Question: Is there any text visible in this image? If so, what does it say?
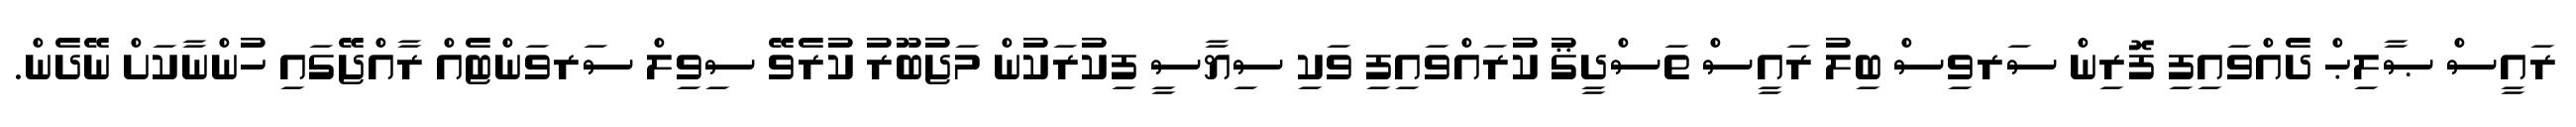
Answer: ރައީސް ޞާލިޙް ދެއްވައިފި ފޮރިން ސަރވިސް ބިލު ރައީސް ތަސްދީޤު ކުރައްވައިފި ވަކި ސިޔާސީ ފިކުރަކުން މަޖުބޫރު ކުރެވޭ ސިވިލް ސަރވަންޓެއް ރާއްޖޭގައި ހުންނާކަށް ނޭދެން.